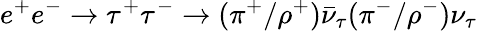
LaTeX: e^{+}e^{-}\to\tau^{+}\tau^{-}\to(\pi^{+}/\rho^{+})\bar{\nu}_{\tau}(\pi^{-}/\rho^{-})\nu_{\tau}